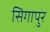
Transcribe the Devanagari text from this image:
सिगापुर